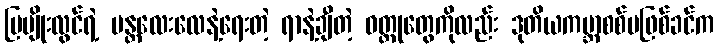
မြမျိုးလွင်ရဲ့ မန္တလေးလေနဲ့ရေးတဲ့ ရာနဲ့ချီတဲ့ ဝတ္ထုတွေကိုလည်း ဒုတိယကမ္ဘာစစ်မဖြစ်ခင်က